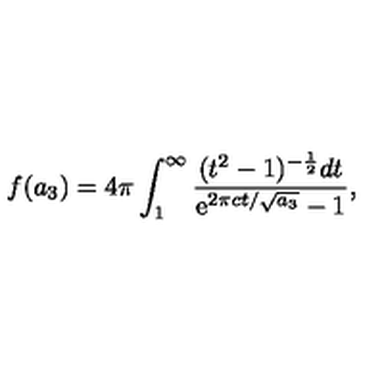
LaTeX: f ( a _ { 3 } ) = 4 \pi \int _ { 1 } ^ { \infty } { \frac { ( t ^ { 2 } - 1 ) ^ { - \frac { 1 } { 2 } } d t } { \mathrm { e } ^ { 2 \pi c t / \sqrt { a _ { 3 } } } - 1 } } ,